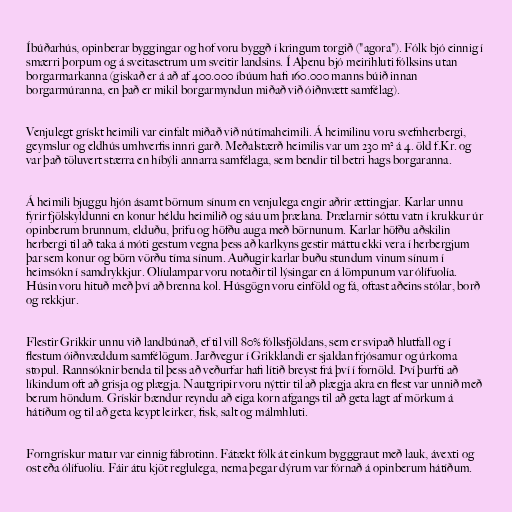
Íbúðarhús, opinberar byggingar og hof voru byggð í kringum torgið ("agora"). Fólk bjó einnig í
smærri þorpum og á sveitasetrum um sveitir landsins. Í Aþenu bjó meirihluti fólksins utan
borgarmarkanna (giskað er á að af 400.000 íbúum hafi 160.000 manns búið innan
borgarmúranna, en það er mikil borgarmyndun miðað við óiðnvætt samfélag).

Venjulegt grískt heimili var einfalt miðað við nútímaheimili. Á heimilinu voru svefnherbergi,
geymslur og eldhús umhverfis innri garð. Meðalstærð heimilis var um 230 m² á 4. öld f.Kr. og
var það töluvert stærra en híbýli annarra samfélaga, sem bendir til betri hags borgaranna.

Á heimili bjuggu hjón ásamt börnum sínum en venjulega engir aðrir ættingjar. Karlar unnu
fyrir fjölskyldunni en konur héldu heimilið og sáu um þrælana. Þrælarnir sóttu vatn í krukkur úr
opinberum brunnum, elduðu, þrifu og höfðu auga með börnunum. Karlar höfðu aðskilin
herbergi til að taka á móti gestum vegna þess að karlkyns gestir máttu ekki vera í herbergjum
þar sem konur og börn vörðu tíma sínum. Auðugir karlar buðu stundum vinum sínum í
heimsókn í samdrykkjur. Olíulampar voru notaðir til lýsingar en á lömpunum var ólífuolía.
Húsin voru hituð með því að brenna kol. Húsgögn voru einföld og fá, oftast aðeins stólar, borð
og rekkjur.

Flestir Grikkir unnu við landbúnað, ef til vill 80% fólksfjöldans, sem er svipað hlutfall og í
flestum óiðnvæddum samfélögum. Jarðvegur í Grikklandi er sjaldan frjósamur og úrkoma
stopul. Rannsóknir benda til þess að veðurfar hafi lítið breyst frá því í fornöld. Því þurfti að
líkindum oft að grisja og plægja. Nautgripir voru nýttir til að plægja akra en flest var unnið með
berum höndum. Grískir bændur reyndu að eiga korn afgangs til að geta lagt af mörkum á
hátíðum og til að geta keypt leirker, fisk, salt og málmhluti.

Forngrískur matur var einnig fábrotinn. Fátækt fólk át einkum bygggraut með lauk, ávexti og
ost eða ólífuolíu. Fáir átu kjöt reglulega, nema þegar dýrum var fórnað á opinberum hátíðum.